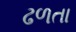
ઢળતા